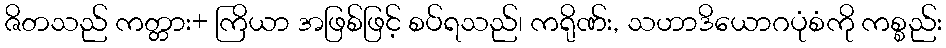
ဇိတသည် ကတ္တား+ ကြိယာ အဖြစ်ဖြင့် စပ်ရသည်၊ ကရိုဏ်း, သဟာဒိယောဂပုံစံကို ကစ္စည်း